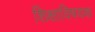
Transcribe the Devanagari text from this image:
शिक्षाविषयक